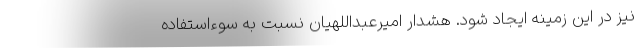
نیز در این زمینه ایجاد شود. هشدار امیرعبداللهیان نسبت به سوءاستفاده‌